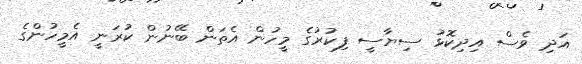
އަދި ވެސް އިދިކޮޅު ސިޔާސީ ފިކުރުގެ މީހުން އެތަން ބޭނުން ކުރަނީ އެމީހުންގެ